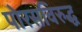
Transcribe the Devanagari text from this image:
पोरसविरुद्ध